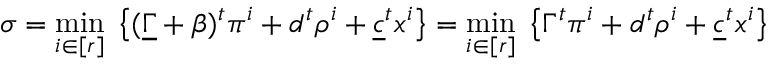
\sigma = \underset { i \in [ r ] } { \operatorname* { m i n } } \; \left\lbrace ( \underline { { \Gamma } } + \beta ) ^ { t } \pi ^ { i } + d ^ { t } \rho ^ { i } + \underline { { c } } ^ { t } x ^ { i } \right\rbrace = \underset { i \in [ r ] } { \operatorname* { m i n } } \; \left\lbrace \Gamma ^ { t } \pi ^ { i } + d ^ { t } \rho ^ { i } + \underline { { c } } ^ { t } x ^ { i } \right\rbrace